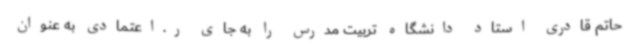
حاتم قادری استاد دانشگاه تربیت مدرس را به جای ر.اعتمادی به عنوان